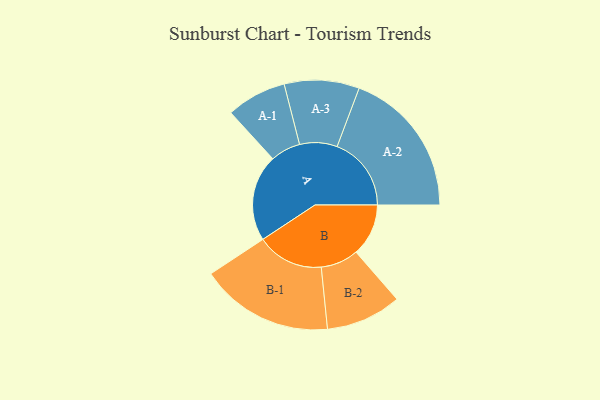
{"axis": {"x": "Segment", "y": "Value"}, "legend": ["", "A", "B"], "data": [{"x": "A", "y": 326, "type": ""}, {"x": "B", "y": 197, "type": ""}, {"x": "A-1", "y": 113, "type": "A"}, {"x": "A-2", "y": 279, "type": "A"}, {"x": "A-3", "y": 141, "type": "A"}, {"x": "B-1", "y": 251, "type": "B"}, {"x": "B-2", "y": 142, "type": "B"}]}